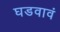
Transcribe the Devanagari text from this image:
घडवावं